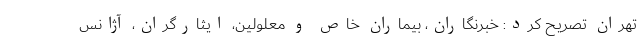
تهران تصریح کرد: خبرنگاران، بیماران خاص و معلولین، ایثارگران، آژانس